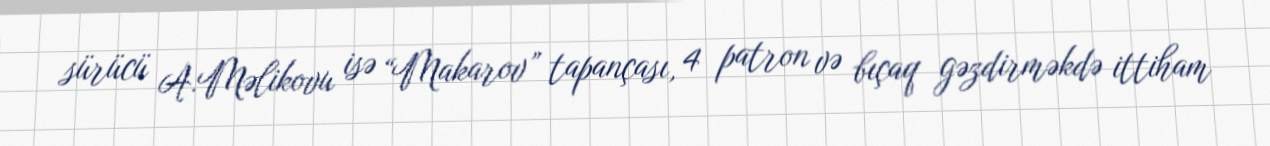
sürücü A.Məlikovu isə “Makarov” tapançası, 4 patron və bıçaq gəzdirməkdə ittiham